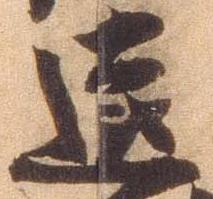
遠